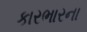
કારભારના